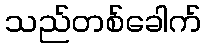
သည်တစ်ခေါက်